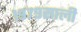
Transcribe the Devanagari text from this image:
१९७९साली